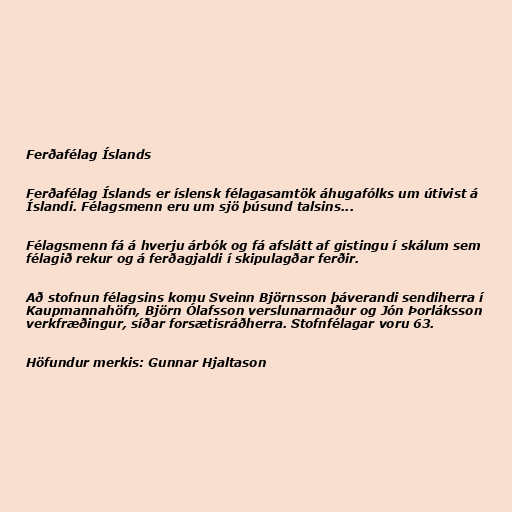
Ferðafélag Íslands

Ferðafélag Íslands er íslensk félagasamtök áhugafólks um útivist á
Íslandi. Félagsmenn eru um sjö þúsund talsins...

Félagsmenn fá á hverju árbók og fá afslátt af gistingu í skálum sem
félagið rekur og á ferðagjaldi í skipulagðar ferðir.

Að stofnun félagsins komu Sveinn Björnsson þáverandi sendiherra í
Kaupmannahöfn, Björn Ólafsson verslunarmaður og Jón Þorláksson
verkfræðingur, síðar forsætisráðherra. Stofnfélagar voru 63.

Höfundur merkis: Gunnar Hjaltason